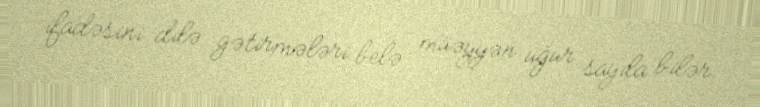
ifadəsini dilə gətirmələri belə müəyyən uğur sayıla bilər.